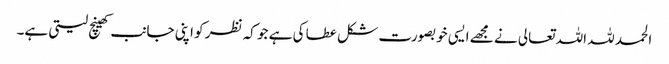
الحمد للہ اللہ تعالی نے مجھے ایسی خوبصورت شکل عطا کی ہے جو کہ نظر کو اپنی جانب کھینچ لیتی ہے۔